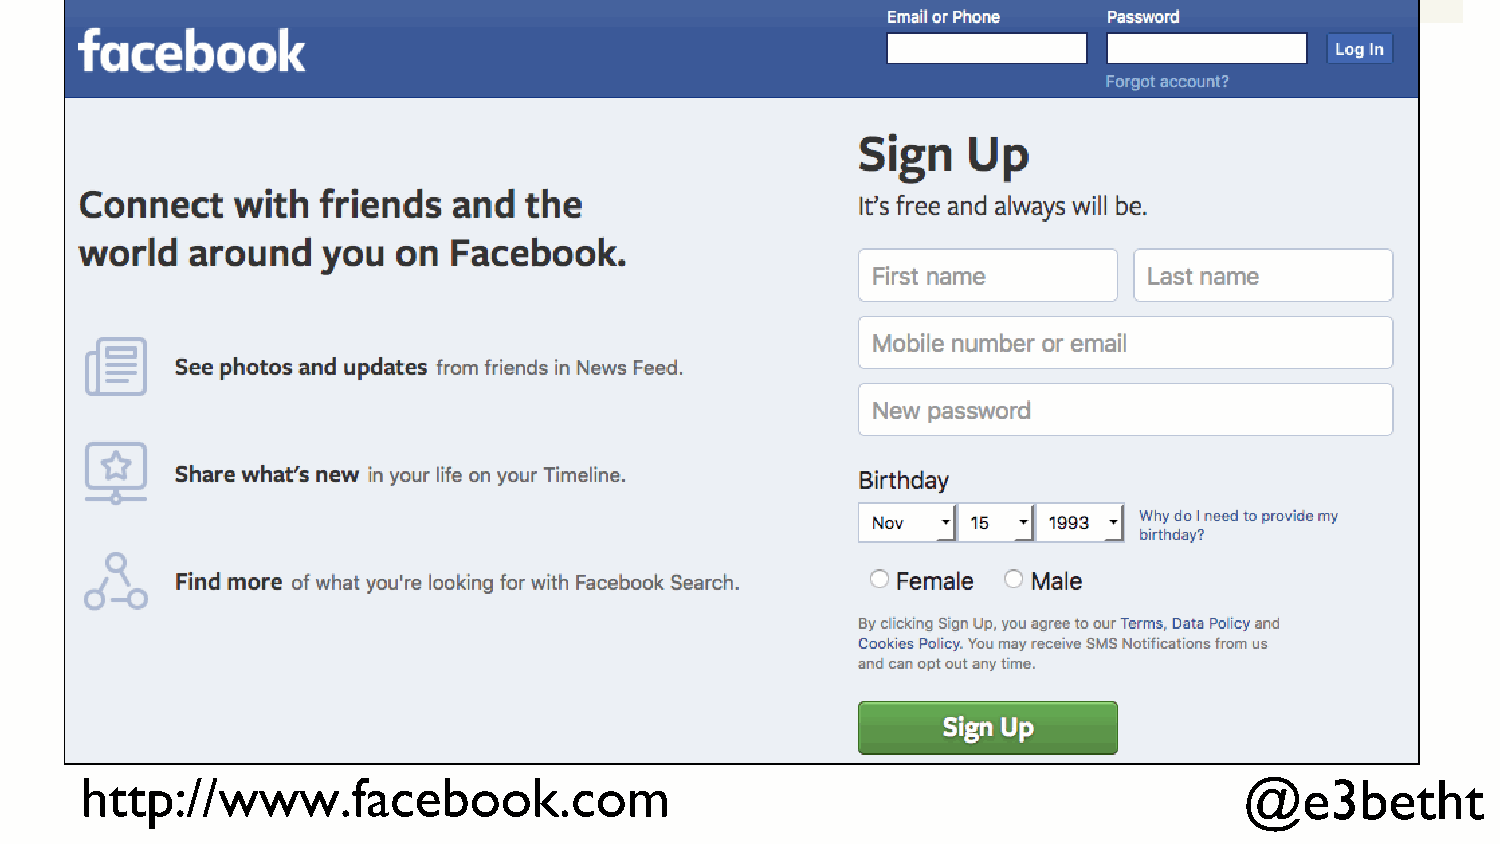
http://www.facebook.com                                                      @e3betht